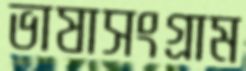
ভাষাসংগ্রাম